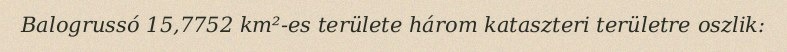
Balogrussó 15,7752 km²-es területe három kataszteri területre oszlik: